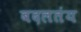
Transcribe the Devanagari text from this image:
बदलतंय